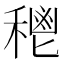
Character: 𥠴